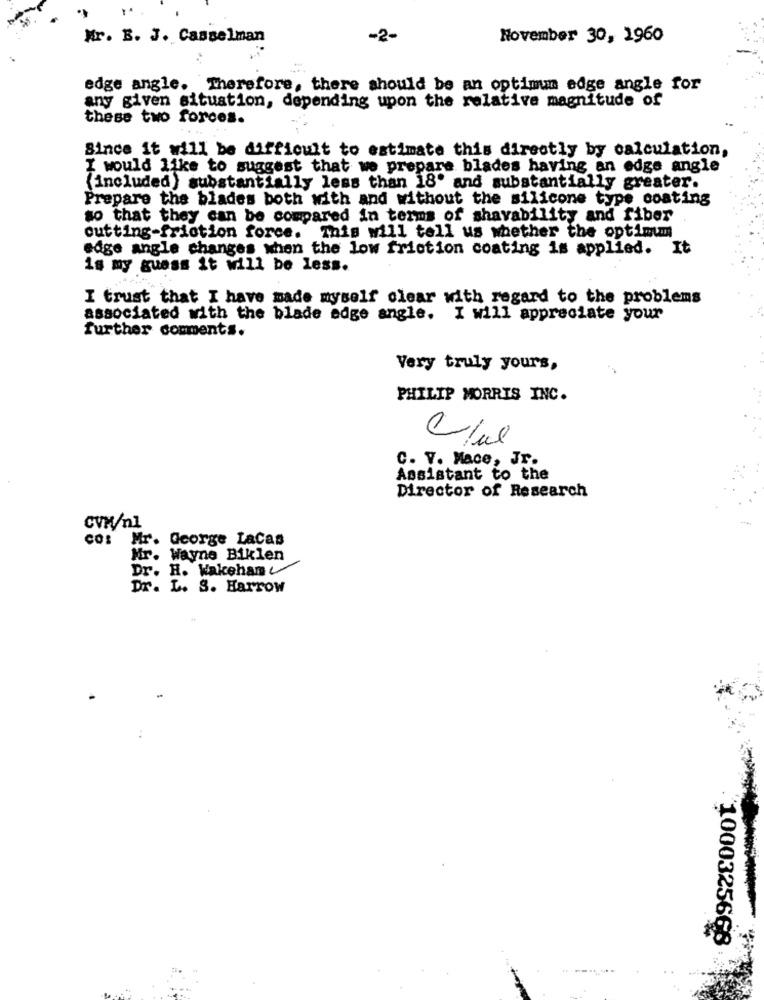
Mr. B. J. Casselman
-2-
November 30, 1960
edge angle. Therefore, there should be an optimum edge angle for
any given situation, depending upon the relative magnitude of
these two forces.
Since it will be difficult to estimate this directly by calculation,
I would like to suggest that we prepare blades having an edge angle
(included) substantially less than 18' and substantially greater.
Prepare the blades both with and without the silicone type coating
so that they can be compared in terms of shavability and fiber
cutting-friction force. This will tell us whether the optimum
edge angle changes when the low friction coating is applied. It
is my guess it will be less.
I trust that I have made myself clear with regard to the problems
associated with the blade edge angle. I will appreciate your
further comments.
Very truly yours,
PHILIP MORRIS INC.
C. V. Mace, Jr.
Assistant to the
Director of Research
CVM/nl
co: Mr. George LaCas
Mr. Wayne Biklen
Dr. H. Wakehan
Dr. L. S. Harrow
1000325668